Vaccination in Burma 1912-1922 - 1912-1922
Year: 1912
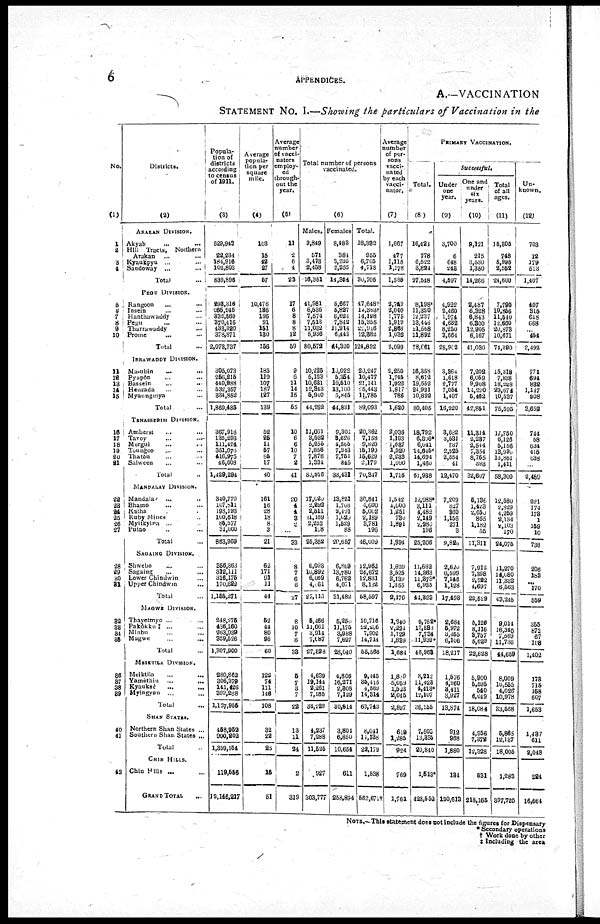
6
APPENDICES.
A.—VACCINATION
STATEMENT No. I.—Showing the particulars of Vaccination in the
No.
(1)
1
2
3
4
5
6
7
8 9
10
11
12
13
14
15
16
17
18
19
20
21
22
23
24
25
26
27
28
29
30
31
32
33
34
35
36
37
38
39
40
41
42
Districts.
(2)
ARAKAN DIVISION.
Akyab ... ...
Hill Tracts, Northern
Arkan ... ...
Kyaukpyu ... ...
Sandoway ...
...
Total
...
PEGU DIVISION.
Rangoon ... ...
Insein ... ...
Hanthawaddy ...
Pegu ... ...
Tharrawaddy ... ...
Prome
... ...
Total ...
IRRAWADDY DIVISION.
Ma-ubin ... ...
Pyapôn ... ...
Bassien ... ...
Henzada ... ...
Myaungmya ...
Total ...
TENASSERIM DIVISION.
Amherst ... ...
Tavoy ... ...
Mergui ... ...
Toungoo ... ...
Thatôn ... ...
Salween ... ...
Total ...
MANDALAY DIVISION.
Mandalay ... ...
Bhamo ... ...
Katha ... ...
Ruby Mines ... ...
Myitkyina ... ...
Putao ... ...
Total
SAGAING DIVISION.
Shwebo ... ...
Sagaing ... ...
Lower Chindwin ...
Upper Chindwin ...
Total ...
MAGWE DIVISION.
Thayetmyo ... ...
Pakòkku ‡ ... ...
Minbu ... ...
Magwe
...
...
Total ...
MEIKTILA DIVISION.
Meiktila ... ...
Yamèthin
...
...
Kyauksè ... ...
Myingyan ...
Total ...
SHAN STATES.
Northern Shan States ...
Southern Shan States ...
Total ...
CHIN HILLS.
Chin Hills ... ...
GRAND TOTAL ...
Popula-
tion of
districts
according
to census
of 1911.
(3)
529,943
22,234
184,916
102,803 ,
839,896
298,316
265,245
332,569
370,416
433,320
378,871
2,073,737
305,073
256,215
440,938
532,357
334,852
1,869,485
367,918
135,293
111,424
351,076
416,975
46,608
1,429,294
340,770
107,811
198,193
100,618
85,577
31,000
863,959
356,363
312,111
316,175
170,622
1,155,271
248,1275
436,160
263,939
359,526
1,307,900
280,862
306,379
141,426
399,288
1,127,955
458,952
900,202
1,359,154
119,556
12,146,217
Average
popula-
tion per
square
mile.
(4)
103
15
42
27
67
10,476
186
196
91
151
130
156
185
119
107
187
127
139
52
25
11
57
85
17
40
161
16
28
18
8
3
21
62
171
91
11
44
62
44
80
98
60
122
74
111
146
108
32
22
25
15
61
Average
number
of vacci-
nators
employ-
ed
through-
out the
year.
(5)
11
2
6
4
23
17
6
8
8
8
12
59
9
6
11
14
15
55
10
6
6
10
7
2
41
20
4
4
3
2
...
33
8
7
6
6
27
8
10
7
8
33
5
7
3
7
22
13
11
24
2
319
Total number of persons
vaccinated.
(6)
Males.
9,849
571
3,473
2,458
16,351
41,981
6,536
7,574
7,513
11,032
5,936
80,572
10,225
5,123
10,631
12,843
5,910
44,262
11,061
3,532
5,255
7,856
7,878
1,334
35,916
17,626
2,892
2,511
1,169
2,252
108
25,352
6,093
10,892
6,069
4,661
27,113
5,466
11,061
3,914
7,087
27,528
4,639
19,144
2,261
7,185
33,229
4,237
7,288
11,525
927
303,777
Females
8,483
384
3,232
2,255
14,354
5,667
5,827
6,624
7,842
11,914
6,445
44,320
10,022
5,354
10,610
13,100
5,845
44,831
9,301
8,626
4,565
7,343
7,751
845
33,431
13,821
l,708
2,191
1,020
1,529
88
20,657
6,869
13,780
6,762
4,071
31,482
5,250
11,175
3,988
7,627
28,040
4,806
16,271
2,308
7,129
30,514
3,804
6,850
10,654
611
258,894
Total.
18,332
955
6,705
4,713
30,705
47,648†
12,363†
14,198
15,355
22,946
12,882
124,892
20,247
10,477
21,141
25,443
11,785
89,093
20,362
7,158
9,820
15,199
15,629
2,179
70,347
30,841
4,000
5,002
2,189
3,781
196
46,009
12,962
24,672
12,831
8,132
58,597
10,716
22,256
7,902
14,714
55,568
9,445
35,415
4,569
14,314
63,743
8,041
11,138
22,179
1,538
562,671†
Average
number
of per-
sons
vacci-
nated
by each
vacci-
nator.
(7)
1,667
477
1,118
1,178
1,335
2,749
2,040
1,775
1,919
2,863
1,032
2,099
2,250
1,745
1,022
1,817
786
1,680
2,036
1,193
1,637
1,520
2,233
1,090
1,716
1,542
1,600
1,251
730
1,891
...
1,394
1,620
3,525
2,139
1,355
2,170
1,340
2,224
1,129
1,839
1,684
1,889
5,059
1,523
2,045
2,897
619
1,285
924
769
1,761
PRIMARY VACCINATION.
Total.
(8)
16,421
778
6,522
3,824
27,548
8,198*
11,320
12,237
13,448
21,568
11,892
78,661
16,348
8,612
19,552
24,991
10,892
80,405
18,792
6,306*
6,041
14,645*
14,694
1,460
61,938
12,988*
3,111
4,482
2,149
2,280
196
25,206
11,662
14,363
11,873*
6,925
44,323
9,752*
17,533
7,734
11,939*
46,968
8,312
11,423
4,413*
12,107
36,155
7,503
13,335
20,840
1,513*
423,652
Successful
Under
one
year.
(9)
3,700
6
648
248
4,597
4,922
2,460
1,974
4,632
8,250
3,664
25,902
3,864
1,618
2,777
7,054
1,407
16,220
3,082
3,581
737
2,525
2,554
41
12,470
7,209
827
860
1,156
271
3
9,826
2,620
6,599
7,146
1,128
17,498
2,684
5,972
3,455
6,106
18,217
1,576
4,960
3,411
3,927
13,874
912
968
1,880
134
120,613
One and
under
six
years.
(10)
9,121
215
3,580
1,350
14,266
2,487
6,328
6,843
6,300
12,905
6,167
41,030
7,202
6,059
9,908
14,220
5,462
42,851
11,314
2,237
2,544
7,354
8,765
393
32,607
5,136
1,423
2,650
865
1,182
55
11,311
7,912
7,398
2,522
4,697
22,529
5,126
8,116
8,757
5,629
22,628
5,900
5,595
540
6,049
18,084
1,956
7,372
12,328
531
218,165
Total
of all
ages.
(11)
15,305
748
5,996
2,558
21,600
7,790
10,856
11,540
12,660
20,873
10,671
74,390
15,318
7,838
18,228
23,674
10,537
75,595
17,750
6,126
5,156
13,996
13,861
1,411
58,300
12,580
2,829
4,269
2,134
2,103
170
24,076
11,270
14,080
11,332
6,563
43,245
9,014
16,340
7,569
11,736
44,659
8,009
10,555
4,026
10,978
33,568
5,868
12,137
18,005
1,283
397,720
Un-
known.
(12)
703
12
179
513
1,407
407
315
648
668
... 454
2,492
771
694
888
1,147
208
3,652
744
58
634
415
638
...
2,489
221
174
178
1
159
10
738
206
183
...
170
559
355
872
67
108
1,402
173
715
158
607
1,653
1,437
611
2,048
284
16,664
NOTE.—This statement does not include the figures for Dispensary
* Secondary operations
† Work done by other
‡ Including the area